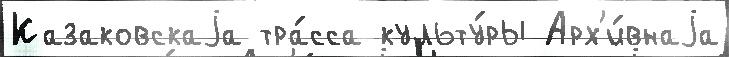
Казаковскаjа тра́сса культу́ры Арх'и́внаjа